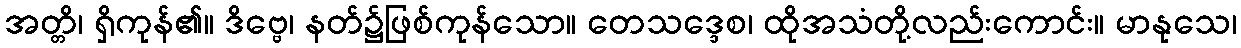
အတ္တိ၊ ရှိကုန်၏။ ဒိဗ္ဗေ၊ နတ်၌ဖြစ်ကုန်သော။ တေသဒ္ဒေစ၊ ထိုအသံတို့လည်းကောင်း။ မာနုသေ၊